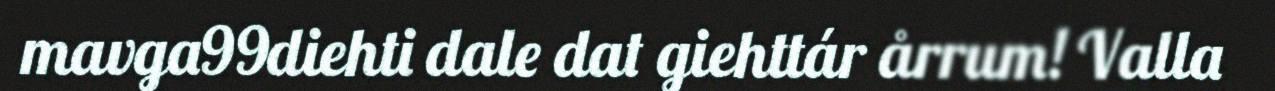
mavga99diehti dale dat giehttár årrum! Valla